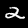
Digit: 2